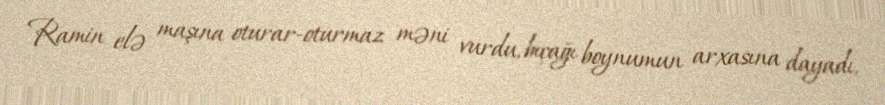
Ramin elə maşına oturar-oturmaz məni vurdu, bıçağı boynumun arxasına dayadı,